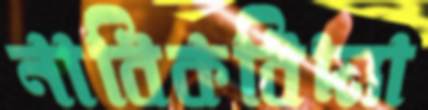
নাবিকবিদ্যা